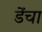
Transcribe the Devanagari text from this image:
डेंचा